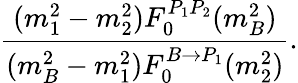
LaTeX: \frac{(m_{1}^{2}-m_{2}^{2})F_{0}^{P_{1}P_{2}}(m_{B}^{2})}{(m_{B}^{2}-m_{1}^{2})F_{0}^{B\to P_{1}}(m_{2}^{2})}.